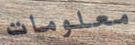
معلومات